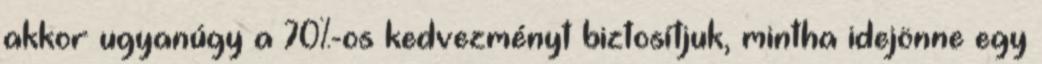
akkor ugyanúgy a 70%-os kedvezményt biztosítjuk, mintha idejönne egy